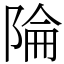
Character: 陯